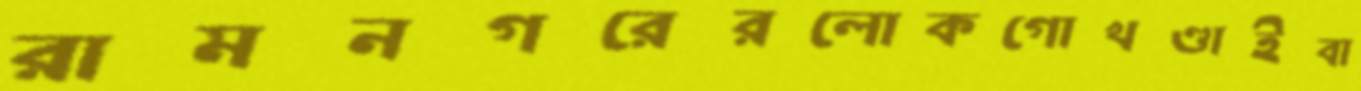
রামনগরেরলোকগোখণ্ডাইবা